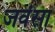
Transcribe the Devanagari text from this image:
जवंसा